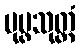
ပုပ္ဖသုတ္တံ